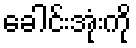
ခေါင်းအုံးကို